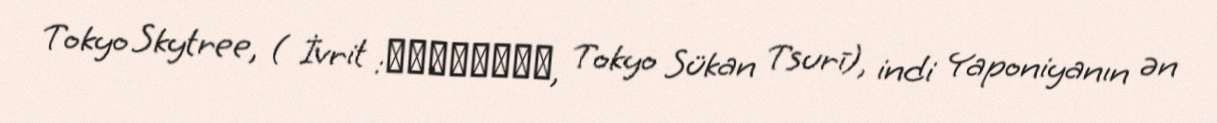
Tokyo Skytree, ( İvrit :東京スカイツリー, Tokyo Sükan Tsurī), indi Yaponiyanın ən